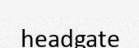
headgate